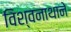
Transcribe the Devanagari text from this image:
विश्वनाथाने